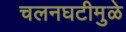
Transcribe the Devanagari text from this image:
चलनघटीमुळे